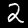
Label: 2